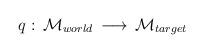
LaTeX: \begin{align*}q: \, {\cal M}_{world} \, \longrightarrow \, {\cal M}_{target}\end{align*}